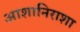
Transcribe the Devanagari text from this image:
आशानिराशा